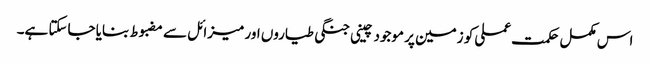
اس مکمل حکمت عملی کو زمین پر موجود چینی جنگی طیاروں اور میزائل سے مضبوط بنایا جاسکتا ہے۔